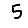
Digit: 5